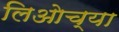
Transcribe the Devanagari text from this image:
लिओच्या